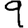
Digit: 9